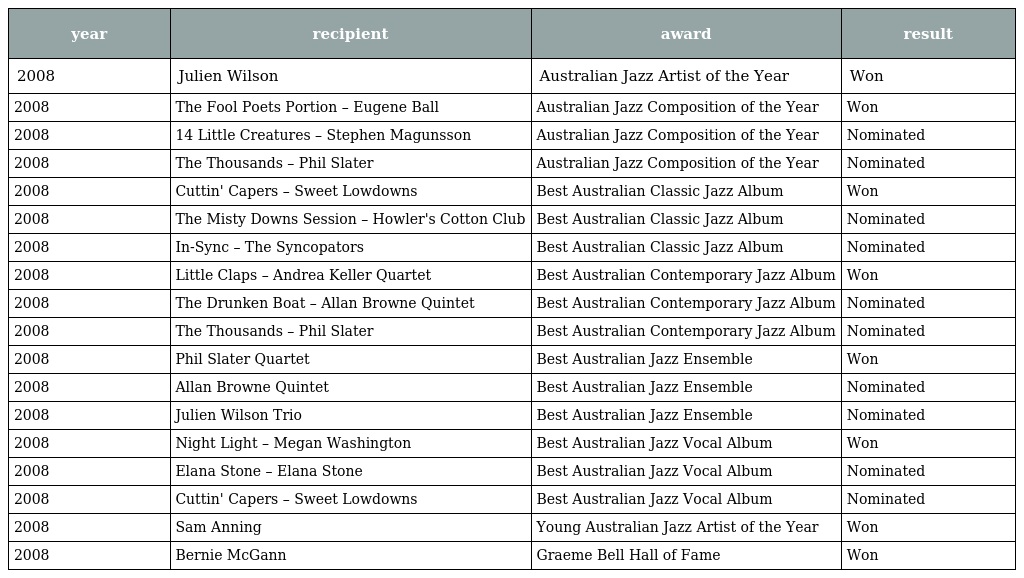
| year | recipient | award | result |
 | --- | --- | --- | --- |
 | 2008 | Julien Wilson | Australian Jazz Artist of the Year | Won |
 | 2008 | The Fool Poets Portion – Eugene Ball | Australian Jazz Composition of the Year | Won |
 | 2008 | 14 Little Creatures – Stephen Magunsson | Australian Jazz Composition of the Year | Nominated |
 | 2008 | The Thousands – Phil Slater | Australian Jazz Composition of the Year | Nominated |
 | 2008 | Cuttin' Capers – Sweet Lowdowns | Best Australian Classic Jazz Album | Won |
 | 2008 | The Misty Downs Session – Howler's Cotton Club | Best Australian Classic Jazz Album | Nominated |
 | 2008 | In-Sync – The Syncopators | Best Australian Classic Jazz Album | Nominated |
 | 2008 | Little Claps – Andrea Keller Quartet | Best Australian Contemporary Jazz Album | Won |
 | 2008 | The Drunken Boat – Allan Browne Quintet | Best Australian Contemporary Jazz Album | Nominated |
 | 2008 | The Thousands – Phil Slater | Best Australian Contemporary Jazz Album | Nominated |
 | 2008 | Phil Slater Quartet | Best Australian Jazz Ensemble | Won |
 | 2008 | Allan Browne Quintet | Best Australian Jazz Ensemble | Nominated |
 | 2008 | Julien Wilson Trio | Best Australian Jazz Ensemble | Nominated |
 | 2008 | Night Light – Megan Washington | Best Australian Jazz Vocal Album | Won |
 | 2008 | Elana Stone – Elana Stone | Best Australian Jazz Vocal Album | Nominated |
 | 2008 | Cuttin' Capers – Sweet Lowdowns | Best Australian Jazz Vocal Album | Nominated |
 | 2008 | Sam Anning | Young Australian Jazz Artist of the Year | Won |
 | 2008 | Bernie McGann | Graeme Bell Hall of Fame | Won |